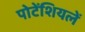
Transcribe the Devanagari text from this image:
पोटेंशियलें